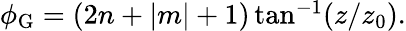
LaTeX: \begin{array}{r}{\phi_{\mathrm{G}}=(2n+|m|+1)\tan^{-1}(z/z_{0}).}\end{array}